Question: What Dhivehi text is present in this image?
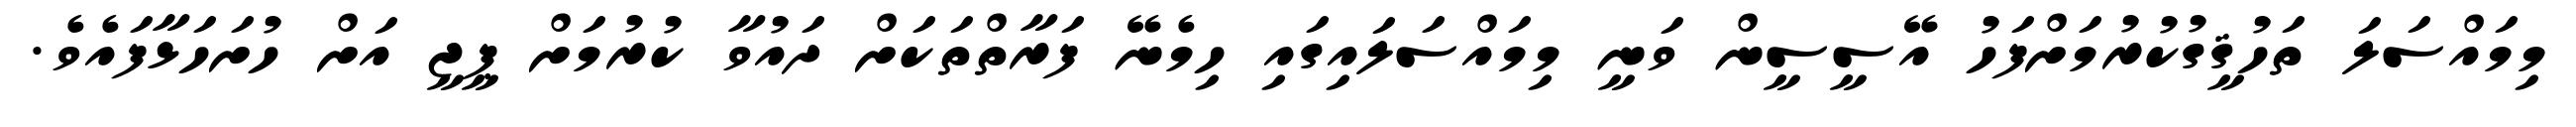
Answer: މިމައްސަލަ ތަހުޤީގުކުރުމަށްފަހު އޭސީސީން ވަނީ މިމައްސަލައިގައި ހިމެނޭ ފަރާތްތަކަށް ދައުވާ ކުރުމަށް ޕީޖީ އަށް ހުށަހަޅާފައެވެ.